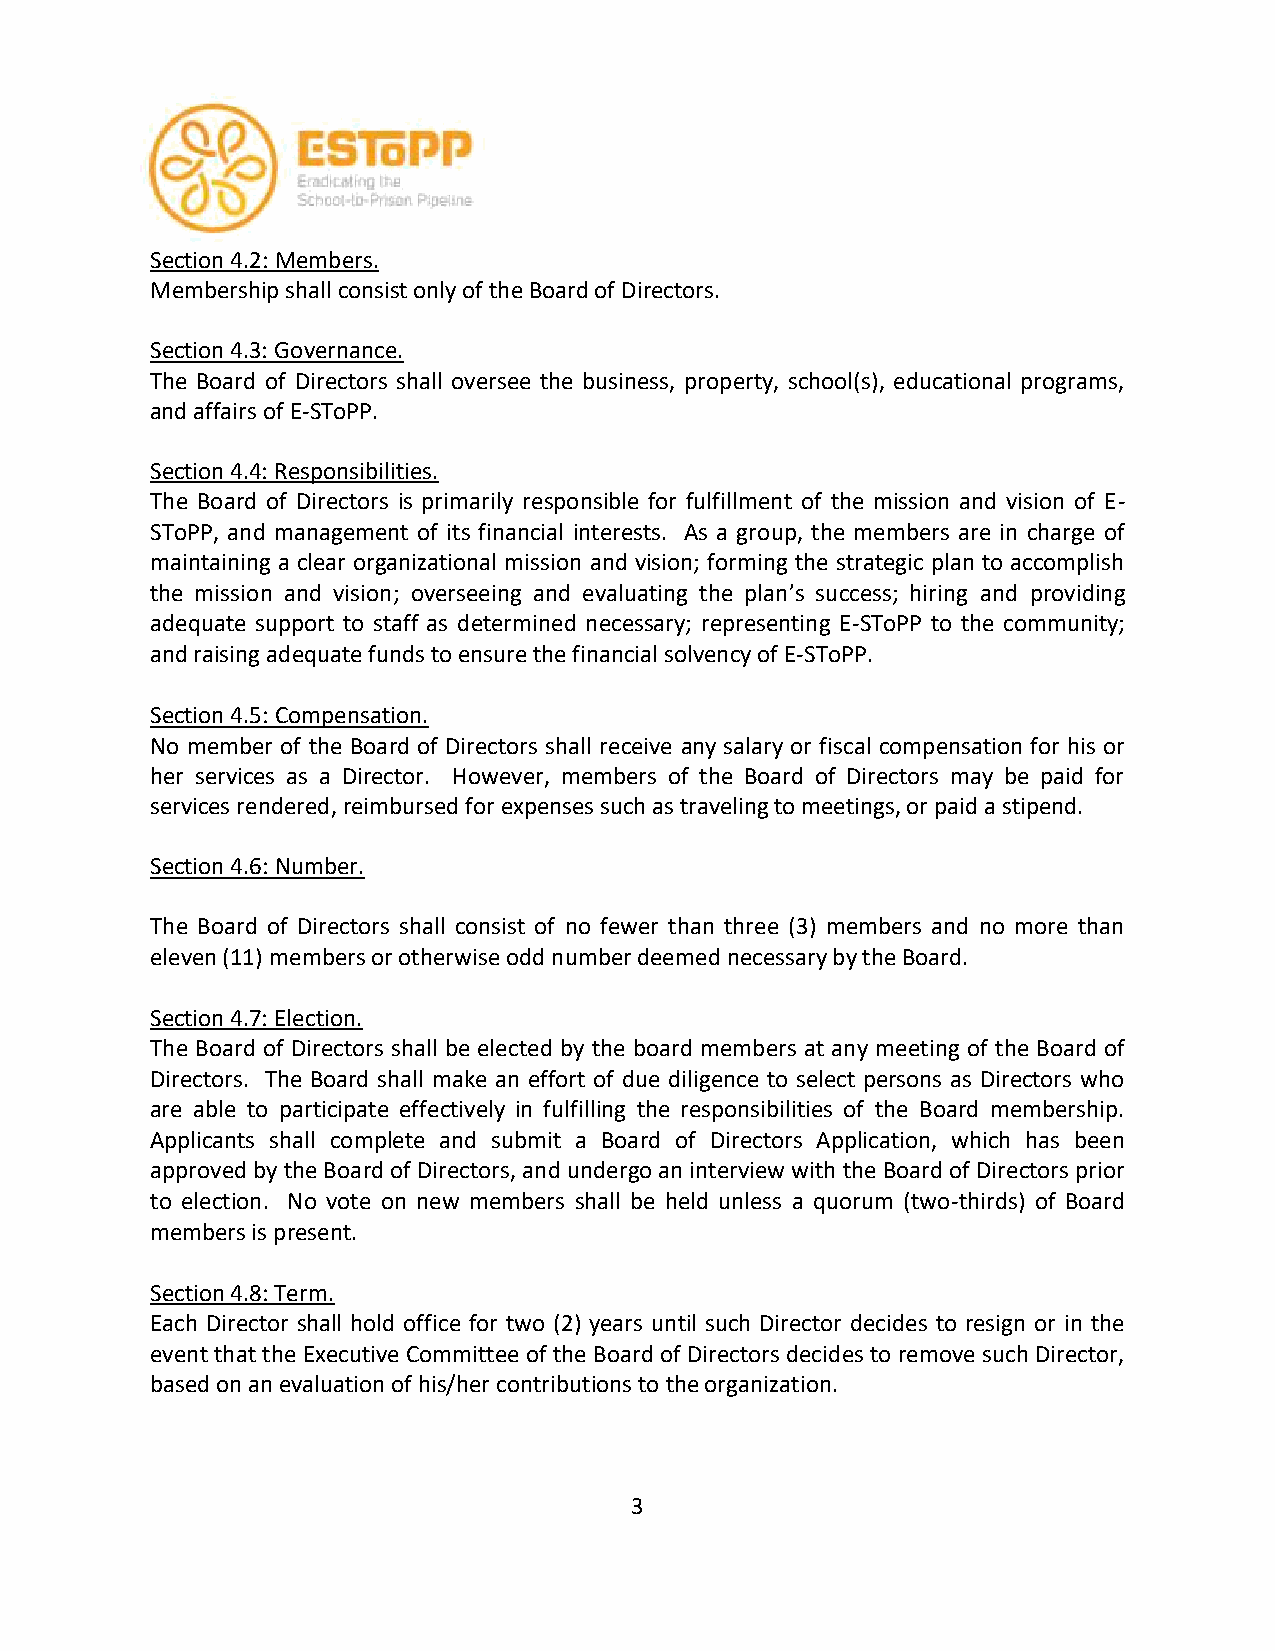
Section 4.2: Members.
 Membership shall consist only of the Board of Directors.
 Section 4.3: Governance.
 The Board of Directors shall oversee the business, property, school(s), educational programs,
 and affairs of E-SToPP.
 Section 4.4: Responsibilities.
 The Board of Directors is primarily responsible for fulfillment of the mission and vision of E-
 SToPP, and management of its financial interests. As a group, the members are in charge of
 maintaining a clear organizational mission and vision; forming the strategic plan to accomplish
 the mission and vision; overseeing and evaluating the plan’s success; hiring and providing
 adequate support to staff as determined necessary; representing E-SToPP to the community;
 and raising adequate funds to ensure the financial solvency of E-SToPP.
 Section 4.5: Compensation.
 No member of the Board of Directors shall receive any salary or fiscal compensation for his or
 her services as a Director. However, members of the Board of Directors may be paid for
 services rendered, reimbursed for expenses such as traveling to meetings, or paid a stipend.
 Section 4.6: Number.
 The Board of Directors shall consist of no fewer than three (3) members and no more than
 eleven (11) members or otherwise odd number deemed necessary by the Board.
 Section 4.7: Election.
 The Board of Directors shall be elected by the board members at any meeting of the Board of
 Directors. The Board shall make an effort of due diligence to select persons as Directors who
 are able to participate effectively in fulfilling the responsibilities of the Board membership.
 Applicants shall complete and submit a Board of Directors Application, which has been
 approved by the Board of Directors, and undergo an interview with the Board of Directors prior
 to election. No vote on new members shall be held unless a quorum (two-thirds) of Board
 members is present.
 Section 4.8: Term.
 Each Director shall hold office for two (2) years until such Director decides to resign or in the
 event that the Executive Committee of the Board of Directors decides to remove such Director,
 based on an evaluation of his/her contributions to the organization.
 3